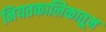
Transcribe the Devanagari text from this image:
नियतकालिेकातून